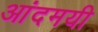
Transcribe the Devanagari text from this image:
आंदमयी